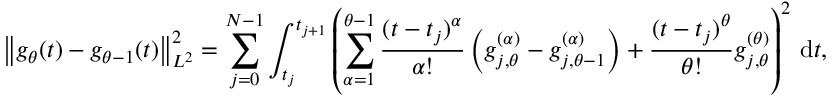
\left\lVert g _ { \theta } ( t ) - g _ { \theta - 1 } ( t ) \right\rVert _ { L ^ { 2 } } ^ { 2 } = \sum _ { j = 0 } ^ { N - 1 } \int _ { t _ { j } } ^ { t _ { j + 1 } } \left( \sum _ { \alpha = 1 } ^ { \theta - 1 } \frac { ( t - t _ { j } ) ^ { \alpha } } { \alpha ! } \left( g _ { j , \theta } ^ { ( \alpha ) } - g _ { j , \theta - 1 } ^ { ( \alpha ) } \right) + \frac { ( t - t _ { j } ) ^ { \theta } } { \theta ! } g _ { j , \theta } ^ { ( \theta ) } \right) ^ { 2 } \, \mathrm { d } t ,